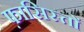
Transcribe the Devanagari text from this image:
फ़ासिस्तों